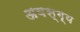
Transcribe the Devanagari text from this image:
अवस्ग्य